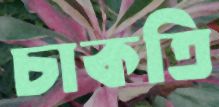
চাকতি